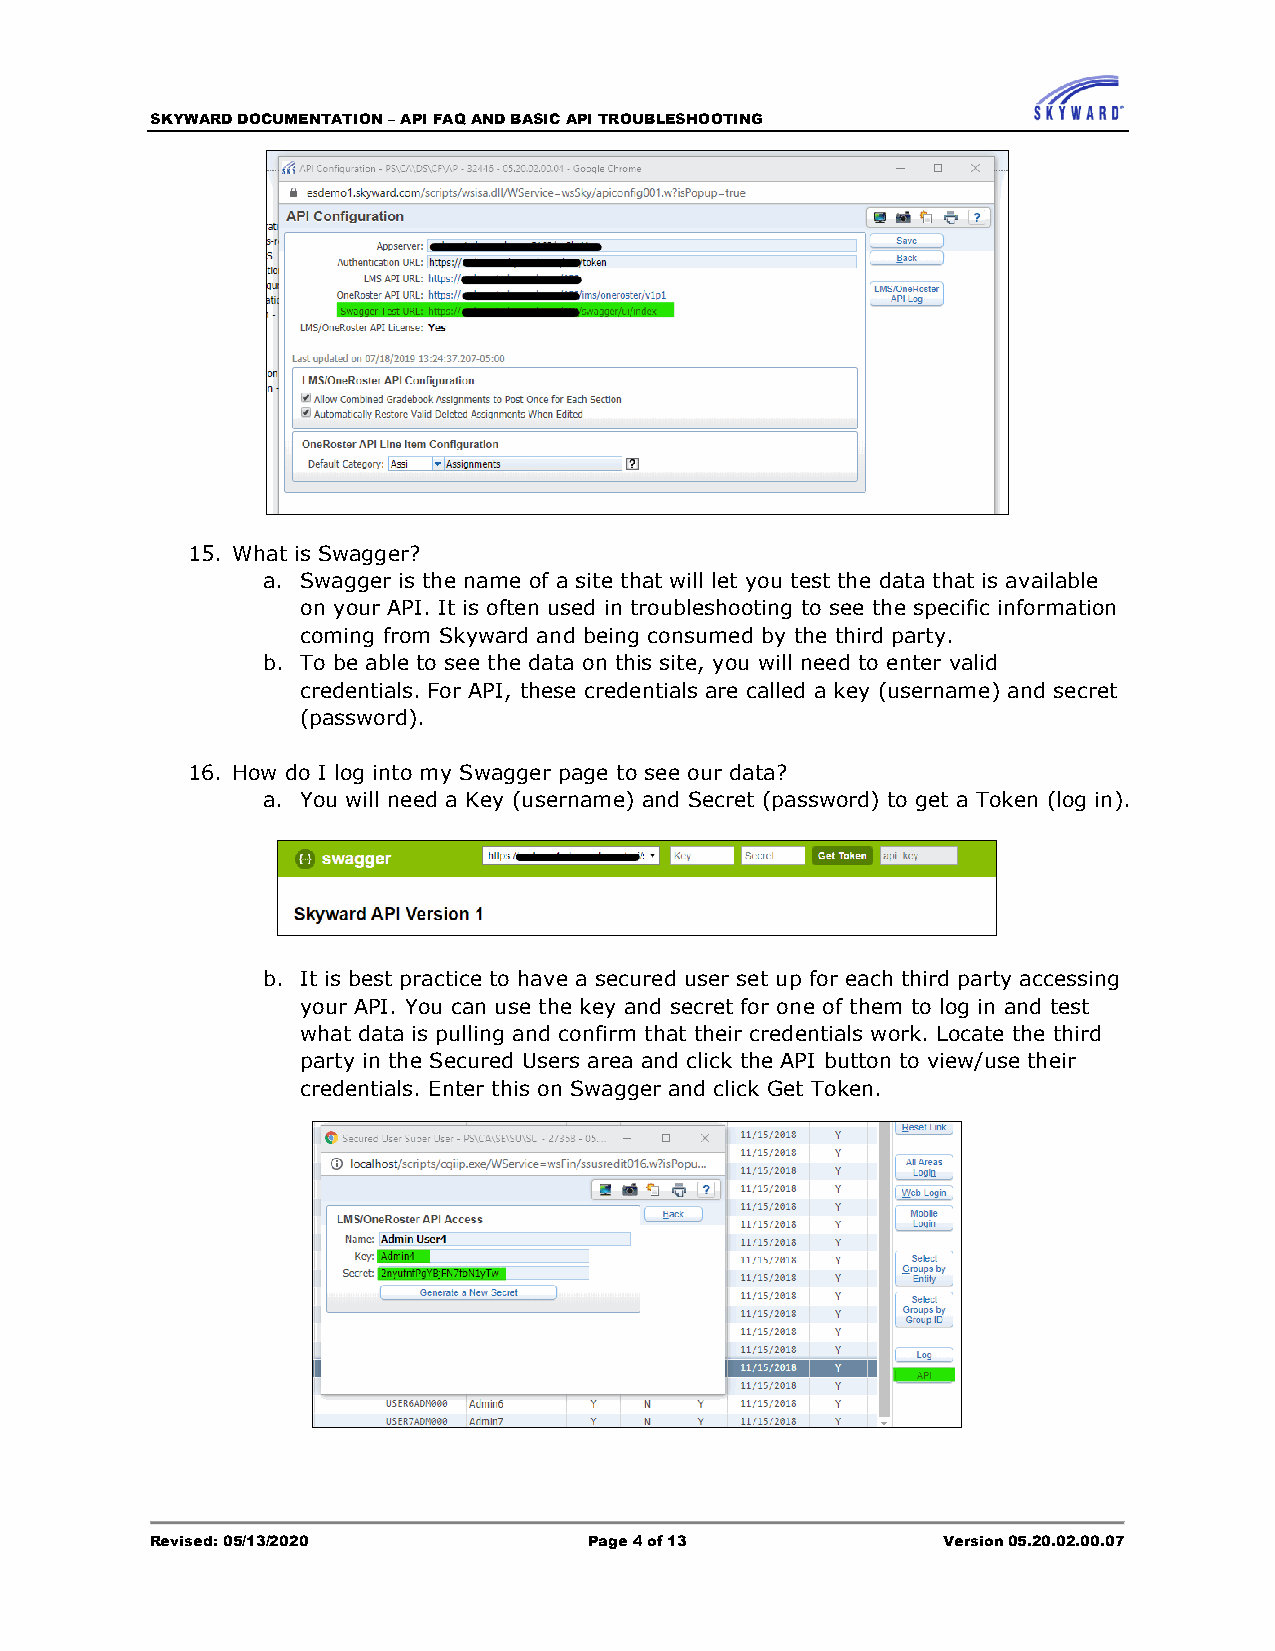
SKYWARD DOCUMENTATION – API FAQ AND BASIC API TROUBLESHOOTING
 15. What is Swagger?
 a. Swagger is the name of a site that will let you test the data that is available
 on your API. It is often used in troubleshooting to see the specific information
 coming from Skyward and being consumed by the third party.
 b. To be able to see the data on this site, you will need to enter valid
 credentials. For API, these credentials are called a key (username) and secret
 (password).
 16. How do I log into my Swagger page to see our data?
 a. You will need a Key (username) and Secret (password) to get a Token (log in).
 b. It is best practice to have a secured user set up for each third party accessing
 your API. You can use the key and secret for one of them to log in and test
 what data is pulling and confirm that their credentials work. Locate the third
 party in the Secured Users area and click the API button to view/use their
 credentials. Enter this on Swagger and click Get Token.
 Revised: 05/13/2020          Page 4 of 13           Version 05.20.02.00.07